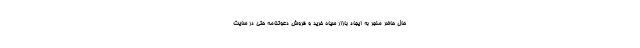
حال حاضر منجر به ایجاد بازار سیاه خرید و فروش دعوتنامه حتی در سایت